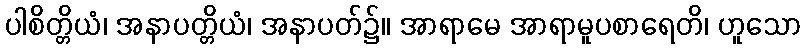
ပါစိတ္တိယံ၊ အနာပတ္တိယံ၊ အနာပတ်၌။ အာရာမေ အာရာမူပစာရေတိ၊ ဟူသော